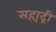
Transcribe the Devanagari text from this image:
सह्यद्री